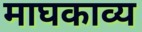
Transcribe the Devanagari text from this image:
माघकाव्य